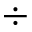
\div